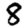
Digit: 8